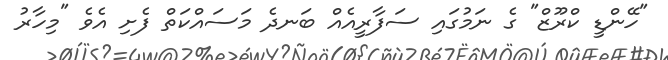
"ހޭންޑީ ކްރޫޒް" ގެ ނަމުގައި ސަފާރީއެއް ބަނދެ މަސައްކަތް ފެށި އެވެ "މިހާރު